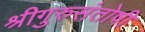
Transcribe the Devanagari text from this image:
श्रीगुरुसंतोषी